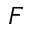
F